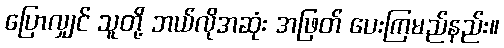
ပြောလျှင် သူတို့ ဘယ်လိုအဆုံး အဖြတ် ပေးကြမည်နည်း။